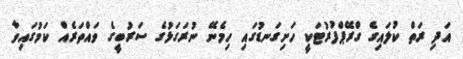
އަދި ރަތް ކުލައިގެ ގްރޭޕްފުރުޓަކީ ހަށިގަނޑުގައި ހިމެނޭ ނުރަގަޅުގެ ސަރުބީގެ ވައްތަރެއް ކަމުގައިވާ